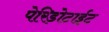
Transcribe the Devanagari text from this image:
पेरिड़ोटाईट